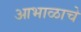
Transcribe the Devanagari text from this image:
आभाळाचे